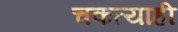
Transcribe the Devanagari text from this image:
चकत्याही